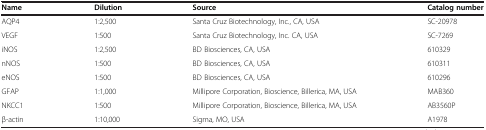
<table><thead><tr><td><b>Name</b></td><td><b>Dilution</b></td><td><b>Source</b></td><td><b>Catalog number</b></td></tr></thead><tbody><tr><td>AQP4</td><td>1:2,500</td><td>Santa Cruz Biotechnology, Inc., CA, USA</td><td>SC-20978</td></tr><tr><td>VEGF</td><td>1:500</td><td>Santa Cruz Biotechnology, Inc. CA, USA</td><td>SC-7269</td></tr><tr><td>iNOS</td><td>1:2,500</td><td>BD Biosciences, CA, USA</td><td>610329</td></tr><tr><td>nNOS</td><td>1:500</td><td>BD Biosciences, CA, USA</td><td>610311</td></tr><tr><td>eNOS</td><td>1:500</td><td>BD Biosciences, CA, USA</td><td>610296</td></tr><tr><td>GFAP</td><td>1:1,000</td><td>Millipore Corporation, Bioscience, Billerica, MA, USA</td><td>MAB360</td></tr><tr><td>NKCC1</td><td>1:500</td><td>Millipore Corporation, Bioscience, Billerica, MA, USA</td><td>AB3560P</td></tr><tr><td>β-actin</td><td>1:10,000</td><td>Sigma, MO, USA</td><td>A1978</td></tr></tbody></table>